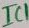
Text: IC1